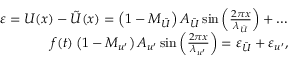
\begin{array} { r } { \varepsilon = U ( x ) - \tilde { U } ( x ) = \left( 1 - M _ { \bar { U } } \right) A _ { \bar { U } } \sin \left( \frac { 2 \pi x } { \lambda _ { \bar { U } } } \right) + \ldots } \\ { f ( t ) \left( 1 - M _ { u ^ { \prime } } \right) A _ { u ^ { \prime } } \sin \left( \frac { 2 \pi x } { \lambda _ { u ^ { \prime } } } \right) = \varepsilon _ { \bar { U } } + \varepsilon _ { u ^ { \prime } } , } \end{array}